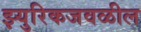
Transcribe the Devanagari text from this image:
झ्युरिकजवळील